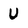
Character: U